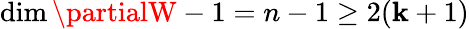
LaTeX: \dim\partialW-1=n-1\geq2(\mathbf{k}+1)